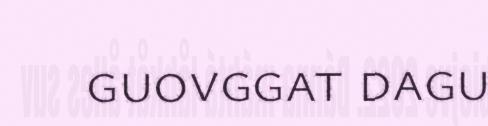
guovggat dagu